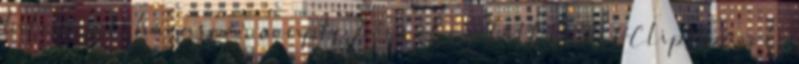
bilincset, házaspár couple 2 évvel ezelőtt 15:56 HClips párok,